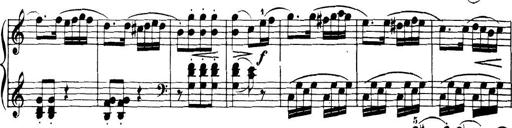
Title: 32 Sonatinas and Rondos for the Piano
Composer: Richard Kleinmichel